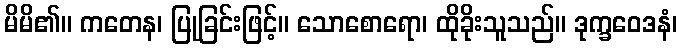
မိမိ၏။ ကတေန၊ ပြုခြင်းဖြင့်။ သောစောရော၊ ထိုခိုးသူသည်။ ဒုက္ခဝေဒနံ၊